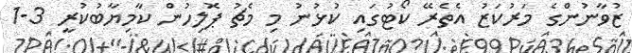
ޒުވާނުންގެ މަރުކަޒު އެތެރޭ ކޯޓުގައި ކުޅުނު މި މެޗު ޕޮލިހުން ކާމިޔާބުކުރީ 3-1